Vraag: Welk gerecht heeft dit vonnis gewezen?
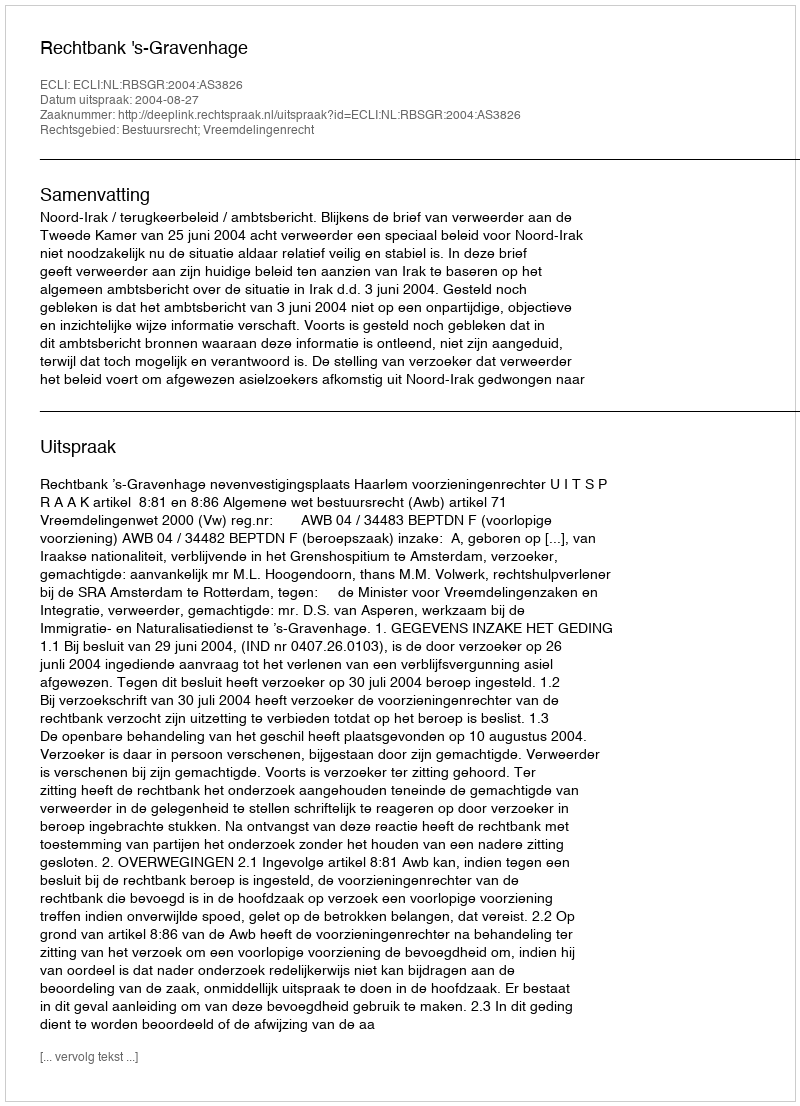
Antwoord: Rechtbank 's-Gravenhage